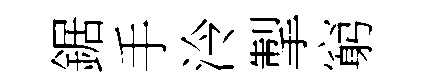
鋸手泠掣窮